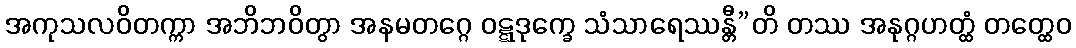
အကုသလဝိတက္ကာ အဘိဘဝိတွာ အနမတဂ္ဂေ ဝဋ္ဋဒုက္ခေ သံသာရေဿန္တီ”တိ တဿ အနုဂ္ဂဟတ္ထံ တတ္ထေဝ